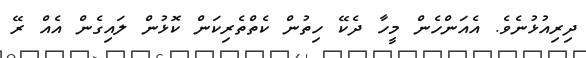
ދިރިއުޅުނެވެ. އެއަންހެން މީހާ ދެކޭ ހިތުން ކެތްތެރިކަން ކޮޅުން ލައިގެން އެއް ރޭ